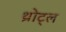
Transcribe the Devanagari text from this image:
थ्रोट्ल